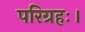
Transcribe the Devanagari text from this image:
परिग्रहः।